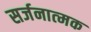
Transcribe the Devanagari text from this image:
सर्जनात्‍मक